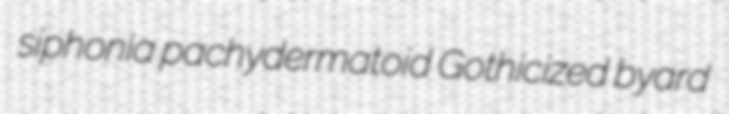
siphonia pachydermatoid Gothicized byard